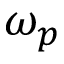
\omega _ { p }